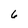
Character: 6